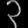
Digit: ၃